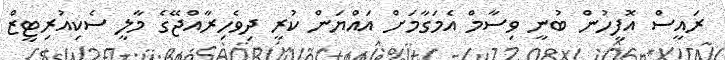
ރައީސް އޮފީހުން ބުނީ ވިސާމް އެމަގާމަށް އައްޔަން ކުރީ ދިވެހިރާއްޖޭގެ މާލީ ސެކިއުރިޓީޒް